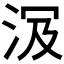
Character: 𣴄